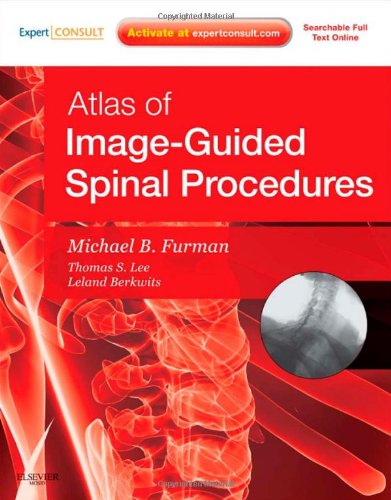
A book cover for Atlas of Image-Guided Spinal Procedures, 1e; Michael Bruce Furman; Medical Books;